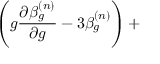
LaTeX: \left( g \frac { \partial \beta _ { g } ^ { ( n ) } } { \partial g } - 3 \beta _ { g } ^ { ( n ) } \right) +